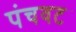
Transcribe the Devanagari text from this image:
पंचवट